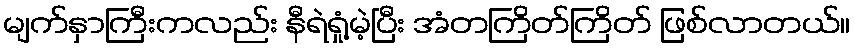
မျက်နှာကြီးကလည်း နီရဲရှုံ့မဲ့ပြီး အံတကြိတ်ကြိတ် ဖြစ်လာတယ်။